Annual report on the health of the army in India
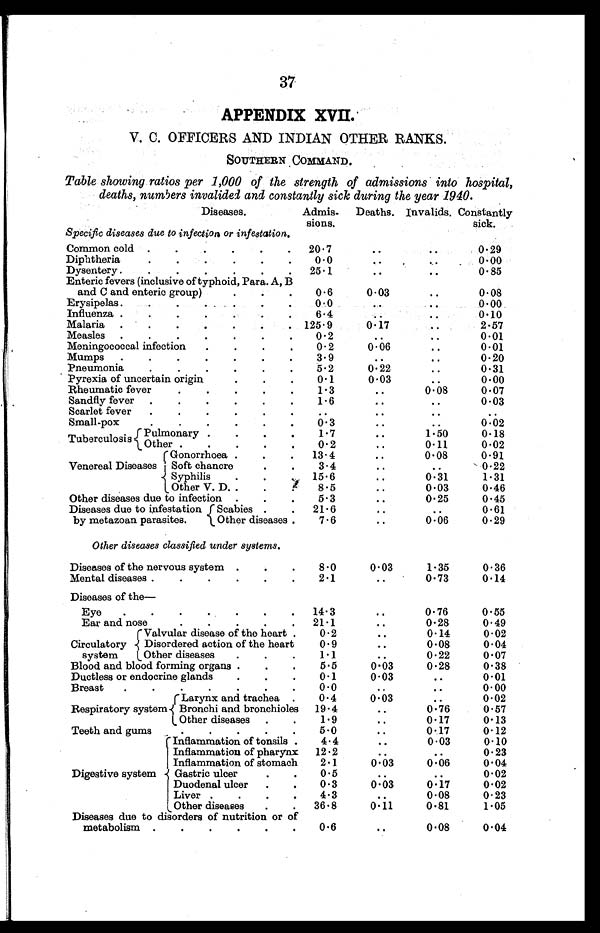
37
APPENDIX XVII.
V. C. OFFICERS AND INDIAN OTHER RANKS.
SOUTHERN COMMAND.
Table showing ratios per 1,000 of the strength of admissions into hospital,
deaths, numbers invalided and constantly sick during the year 1940.
Diseases.
Specific diseases due to infection or infestation,.
Admis
-sions.
Deaths. Invalids. Constantly
sick.
Common cold
20 . 7
..
..
0.29
Diphtheria
0.0
..
..
0 . 00
Dysentery
25.1
..
..
0.85
Enteric fevers (inclusive of typhoid, Para. A, B
and C and enteric group)
0.6
0.03
..
0.08
Erysipelas
0.6
0 . 0 3 ..
0.00
Influenza
6.4
..
..
0.10
Malaria
125.9
0.17
..
2.57
Measles
0.2
. . ..
0 . 0 1
Meningococcal infection
0.2
0.06
..
0.01
Mumps
3.9
. . ..
0.20
Pneumonia
5.2
0.22
..
0.31
Pyrexia of uncertain origin
0.1
0.03
..
0.00
Rheumatic fever
1.3
. . 0.08
0.07
Sandfly fever
1.6
. . ..
0.03
Scarlet fever
..
. . ..
. .
Small-pox
0 . 3
. .
. .
0 . 02
Pulmonary
1.7
. . 1.50
0.18
Tuberculosis Other
0.2
..
0.11
0.02
Gonorrhoea
13.4
..
0.08
0.91
Venereal Diseases Soft chancre
3.4
..
..
0.22
Syphilis
15.6
..
0.31
1.31
Other V. D.
8.5
..
0.03
0.46
Other diseases due to infection
5.3
..
0.25
0.45
Diseases due to infestation Scabies
21.6
. . ..
0.61
by metazoan parasites. Other diseases
7.6
..
0.06
0.29
Other diseases classified under systems.
Diseases of the nervous system
8.0
0.03
1.35
0.36
Mental diseases
2.1
..
0.73
0.14
Diseases of the—
Eye
14.3
..
0.76
0.55
Ear and nose
21.1
..
0.28
0.49
Valvular disease of the heart
0.2
..
0.14
0.02
Circulatory{ Disordered action of the heart
0.9
..
0.08
0.04
system Other diseases
1.1
..
0.22
0.07
Blood and blood forming organs
5.5
0.03
0.28
0.38
Ductless or endocrine glands
0 . 1
0.03
..
0.01
Breast
0.0
..
..
0.00
Larynx and trachea
0.4
0.03
..
0.02
Respiratory system { Bronchi and bronchioles
19 . 4
..
0.76
0.57
Other diseases
1.9
..
0.17
0.13
Teeth and gums
5.0
..
0.17
0.12
Inflammation of tonsils .
4.4
..
0.03
O. 10
Inflammation of pharynx
Inflammation of stomach
12 . 2
2.1
..
0.03
..
0.06
0.23
0.04
Digestive system Gastric ulcer
0.5
..
..
0.02
Duodenal ulcer
0.3
0.03
0.17
0.02
Liver
4.3
..
0.08
0.23
Other diseases
36.8
0.11
0.81
1.05
Diseases due to disorders of nutrition or of
metabolism
0.6
..
0.08
0.04